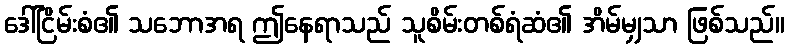
ဒေါ်ငြိမ်းစံ၏ သဘောအရ ဤနေရာသည် သူစိမ်းတစ်ရံဆံ၏ အိမ်မျှသာ ဖြစ်သည်။